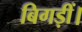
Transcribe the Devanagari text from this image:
बिगड़ीं।